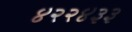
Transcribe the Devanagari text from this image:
४२२४३३